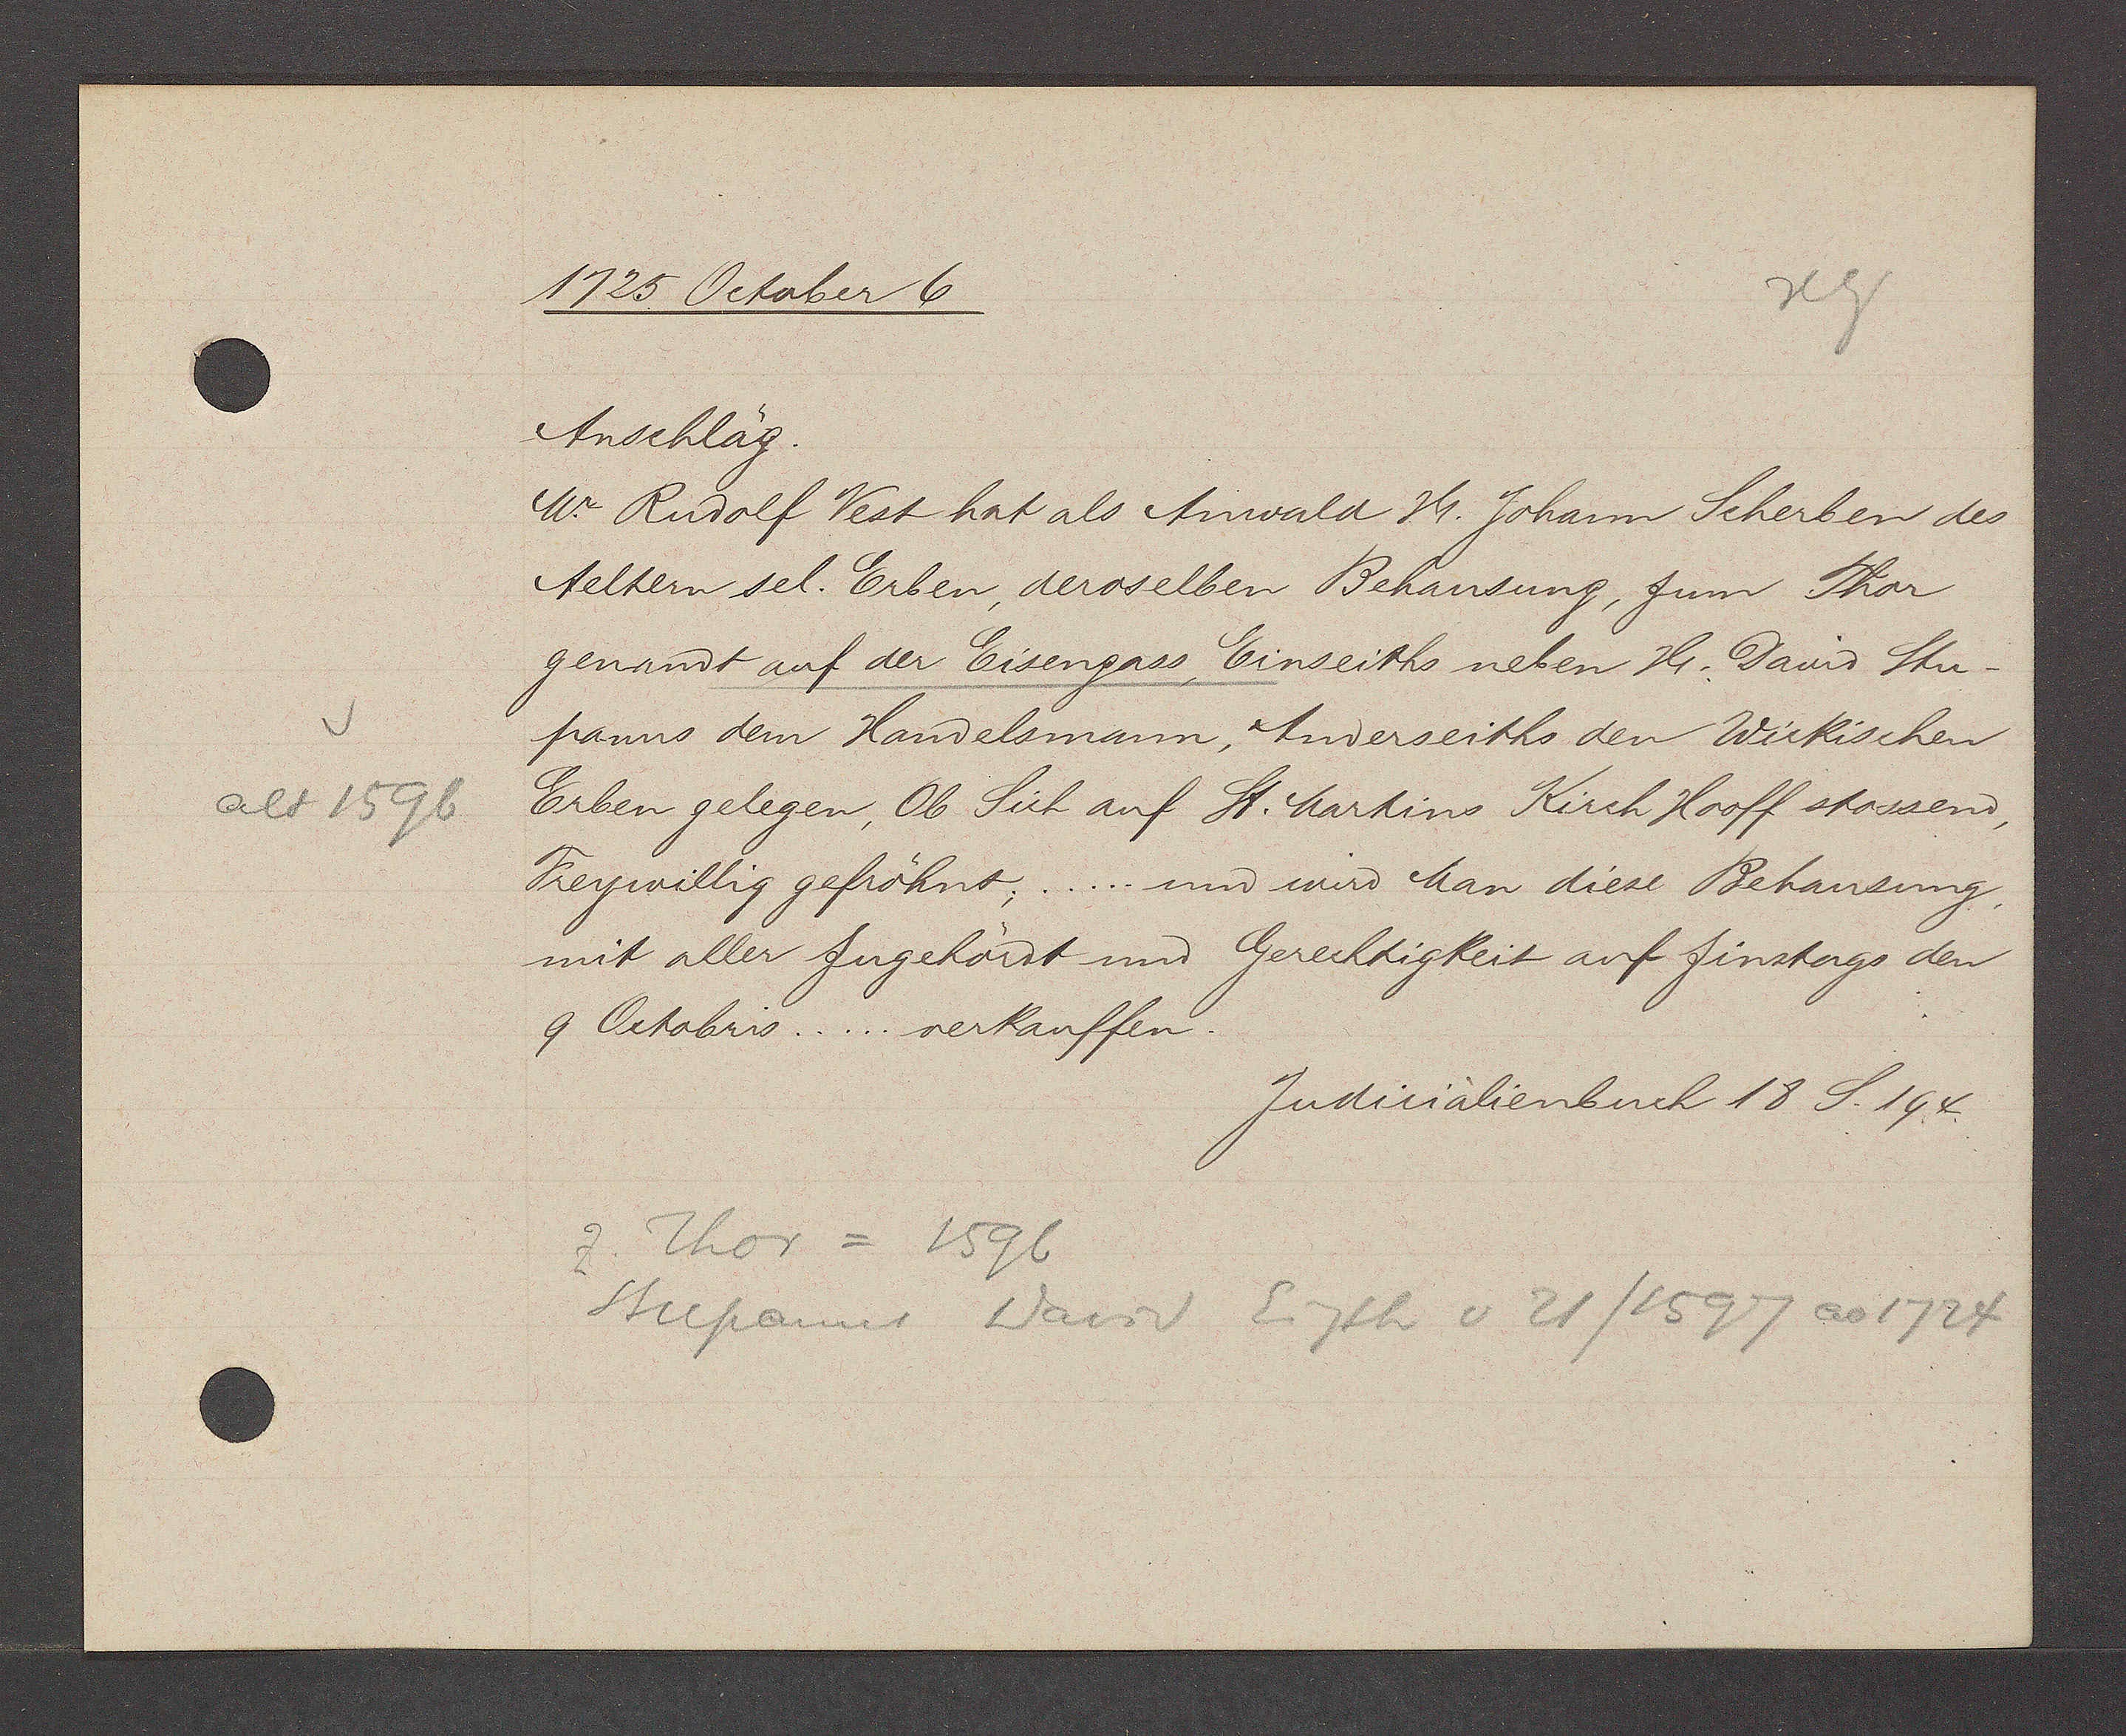
Transcript:
alt 1596

1725 October 6

Anschläg.
Mr. Rudolf Vest hat als Anwald Hr. Johann Scherben des
Aeltern sel. Erben, deroselben Behausung, zum Thor
genandt auf der Eisengass, Einseiths neben Hr. David Stu¬
panus dem Handelsmann, Anderseiths den Wickischen
Erben gelegen, Ob Sich auf St. Martins Kirch Hooff stossend,
Freywillig gefröhnt;..... und wird Man diese Behausung,
mit aller Zugehördt und Gerechtigkeit auf Zinstags den
9 Octobris..... verkauffen.

Judicalienbuch 18 S. 194.

Z Thor = 1596
Stupanus David Eigth v 21/1597 ao 1724